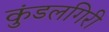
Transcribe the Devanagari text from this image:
कुंडलगिरी